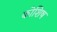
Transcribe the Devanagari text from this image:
कोशिष